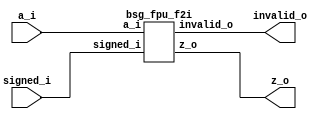
// This program was cloned from: https://github.com/chipsalliance/UHDM-integration-tests
// License: Apache License 2.0



module top
(
  a_i,
  signed_i,
  z_o,
  invalid_o
);

  input [15:0] a_i;
  output [15:0] z_o;
  input signed_i;
  output invalid_o;

  bsg_fpu_f2i
  wrapper
  (
    .a_i(a_i),
    .z_o(z_o),
    .signed_i(signed_i),
    .invalid_o(invalid_o)
  );


endmodule



module bsg_fpu_preprocess_e_p5_m_p10
(
  a_i,
  zero_o,
  nan_o,
  sig_nan_o,
  infty_o,
  exp_zero_o,
  man_zero_o,
  denormal_o,
  sign_o,
  exp_o,
  man_o
);

  input [15:0] a_i;
  output [4:0] exp_o;
  output [9:0] man_o;
  output zero_o;
  output nan_o;
  output sig_nan_o;
  output infty_o;
  output exp_zero_o;
  output man_zero_o;
  output denormal_o;
  output sign_o;
  wire [4:0] exp_o;
  wire [9:0] man_o;
  wire zero_o,nan_o,sig_nan_o,infty_o,exp_zero_o,man_zero_o,denormal_o,sign_o,a_i_15_,
  N0,N1,N2,N3,N5,N6,N7,N8,N9,N10,N11,N12,N13,N14,N15,N16,N17,N19;
  assign a_i_15_ = a_i[15];
  assign sign_o = a_i_15_;
  assign exp_o[4] = a_i[14];
  assign exp_o[3] = a_i[13];
  assign exp_o[2] = a_i[12];
  assign exp_o[1] = a_i[11];
  assign exp_o[0] = a_i[10];
  assign man_o[9] = a_i[9];
  assign man_o[8] = a_i[8];
  assign man_o[7] = a_i[7];
  assign man_o[6] = a_i[6];
  assign man_o[5] = a_i[5];
  assign man_o[4] = a_i[4];
  assign man_o[3] = a_i[3];
  assign man_o[2] = a_i[2];
  assign man_o[1] = a_i[1];
  assign man_o[0] = a_i[0];
  assign N0 = exp_o[3] | exp_o[4];
  assign N1 = exp_o[2] | N0;
  assign N2 = exp_o[1] | N1;
  assign N3 = exp_o[0] | N2;
  assign exp_zero_o = ~N3;
  assign N5 = exp_o[3] & exp_o[4];
  assign N6 = exp_o[2] & N5;
  assign N7 = exp_o[1] & N6;
  assign N8 = exp_o[0] & N7;
  assign N9 = man_o[8] | man_o[9];
  assign N10 = man_o[7] | N9;
  assign N11 = man_o[6] | N10;
  assign N12 = man_o[5] | N11;
  assign N13 = man_o[4] | N12;
  assign N14 = man_o[3] | N13;
  assign N15 = man_o[2] | N14;
  assign N16 = man_o[1] | N15;
  assign N17 = man_o[0] | N16;
  assign man_zero_o = ~N17;
  assign zero_o = exp_zero_o & man_zero_o;
  assign nan_o = N8 & N17;
  assign sig_nan_o = nan_o & N19;
  assign N19 = ~man_o[9];
  assign infty_o = N8 & man_zero_o;
  assign denormal_o = exp_zero_o & N17;

endmodule



module bsg_fpu_f2i
(
  a_i,
  signed_i,
  z_o,
  invalid_o
);

  input [15:0] a_i;
  output [15:0] z_o;
  input signed_i;
  output invalid_o;
  wire [15:0] z_o,shifted,inverted,post_round;
  wire invalid_o,N0,N1,N2,N3,N4,zero,nan,infty,sign,N5,exp_too_big,N6,exp_too_small,N7,
  N8,N9,N10,N11,N12,N13,N14,N15,N16,N17,N18,N19,N20,N21,N22,N23,N24,N25,N26,N27,
  N28,N29,N30,N31,N32,N33,N34,N35,N36,N37,N38,N39,N40,N41,N42,N43,N44,N45,N46,N47,
  N48,N49,N50,N51,N52,N53,N54,N55,N56;
  wire [4:0] exp,shamt;
  wire [9:0] mantissa;
  wire [15:4] preshift;

  bsg_fpu_preprocess_e_p5_m_p10
  preprocess
  (
    .a_i(a_i),
    .zero_o(zero),
    .nan_o(nan),
    .infty_o(infty),
    .sign_o(sign),
    .exp_o(exp),
    .man_o(mantissa)
  );

  assign N5 = exp > { 1'b1, 1'b1, 1'b1, 1'b0, 1'b1 };
  assign N6 = exp > { 1'b1, 1'b1, 1'b1, 1'b1, 1'b0 };
  assign exp_too_small = exp < { 1'b1, 1'b1, 1'b1, 1'b1 };
  assign shifted = { preshift, 1'b0, 1'b0, 1'b0, 1'b0 } >> shamt;
  assign { N11, N10, N9, N8, N7 } = { 1'b1, 1'b1, 1'b1, 1'b0, 1'b1 } - exp;
  assign { N16, N15, N14, N13, N12 } = { 1'b1, 1'b1, 1'b1, 1'b1, 1'b0 } - exp;
  assign post_round = inverted + sign;
  assign exp_too_big = (N0)? N5 : 
                       (N1)? N6 : 1'b0;
  assign N0 = signed_i;
  assign N1 = preshift[15];
  assign preshift[14:4] = (N0)? { 1'b1, mantissa } : 
                          (N1)? { mantissa, 1'b0 } : 1'b0;
  assign shamt = (N0)? { N11, N10, N9, N8, N7 } : 
                 (N1)? { N16, N15, N14, N13, N12 } : 1'b0;
  assign N25 = (N2)? signed_i : 
               (N3)? N56 : 1'b0;
  assign N2 = sign;
  assign N3 = N24;
  assign z_o = (N4)? { preshift[15:15], 1'b1, 1'b1, 1'b1, 1'b1, 1'b1, 1'b1, 1'b1, 1'b1, 1'b1, 1'b1, 1'b1, 1'b1, 1'b1, 1'b1, 1'b1 } : 
               (N27)? { N25, N24, N24, N24, N24, N24, N24, N24, N24, N24, N24, N24, N24, N24, N24, N24 } : 
               (N30)? { 1'b0, 1'b0, 1'b0, 1'b0, 1'b0, 1'b0, 1'b0, 1'b0, 1'b0, 1'b0, 1'b0, 1'b0, 1'b0, 1'b0, 1'b0, 1'b0 } : 
               (N33)? { 1'b0, 1'b0, 1'b0, 1'b0, 1'b0, 1'b0, 1'b0, 1'b0, 1'b0, 1'b0, 1'b0, 1'b0, 1'b0, 1'b0, 1'b0, 1'b0 } : 
               (N36)? { sign, N24, N24, N24, N24, N24, N24, N24, N24, N24, N24, N24, N24, N24, N24, N24 } : 
               (N39)? { 1'b0, 1'b0, 1'b0, 1'b0, 1'b0, 1'b0, 1'b0, 1'b0, 1'b0, 1'b0, 1'b0, 1'b0, 1'b0, 1'b0, 1'b0, 1'b0 } : 
               (N23)? post_round : 1'b0;
  assign N4 = nan;
  assign invalid_o = (N4)? 1'b1 : 
                     (N27)? 1'b1 : 
                     (N30)? 1'b1 : 
                     (N33)? 1'b0 : 
                     (N36)? 1'b1 : 
                     (N39)? 1'b0 : 
                     (N23)? 1'b0 : 1'b0;
  assign inverted[15] = N40 ^ shifted[15];
  assign N40 = signed_i & sign;
  assign inverted[14] = N41 ^ shifted[14];
  assign N41 = signed_i & sign;
  assign inverted[13] = N42 ^ shifted[13];
  assign N42 = signed_i & sign;
  assign inverted[12] = N43 ^ shifted[12];
  assign N43 = signed_i & sign;
  assign inverted[11] = N44 ^ shifted[11];
  assign N44 = signed_i & sign;
  assign inverted[10] = N45 ^ shifted[10];
  assign N45 = signed_i & sign;
  assign inverted[9] = N46 ^ shifted[9];
  assign N46 = signed_i & sign;
  assign inverted[8] = N47 ^ shifted[8];
  assign N47 = signed_i & sign;
  assign inverted[7] = N48 ^ shifted[7];
  assign N48 = signed_i & sign;
  assign inverted[6] = N49 ^ shifted[6];
  assign N49 = signed_i & sign;
  assign inverted[5] = N50 ^ shifted[5];
  assign N50 = signed_i & sign;
  assign inverted[4] = N51 ^ shifted[4];
  assign N51 = signed_i & sign;
  assign inverted[3] = N52 ^ shifted[3];
  assign N52 = signed_i & sign;
  assign inverted[2] = N53 ^ shifted[2];
  assign N53 = signed_i & sign;
  assign inverted[1] = N54 ^ shifted[1];
  assign N54 = signed_i & sign;
  assign inverted[0] = N55 ^ shifted[0];
  assign N55 = signed_i & sign;
  assign N17 = N56 & sign;
  assign N56 = ~signed_i;
  assign N18 = infty | nan;
  assign N19 = N17 | N18;
  assign N20 = zero | N19;
  assign N21 = exp_too_big | N20;
  assign N22 = exp_too_small | N21;
  assign N23 = ~N22;
  assign preshift[15] = N56;
  assign N24 = ~sign;
  assign N26 = ~nan;
  assign N27 = infty & N26;
  assign N28 = ~infty;
  assign N29 = N26 & N28;
  assign N30 = N17 & N29;
  assign N31 = ~N17;
  assign N32 = N29 & N31;
  assign N33 = zero & N32;
  assign N34 = ~zero;
  assign N35 = N32 & N34;
  assign N36 = exp_too_big & N35;
  assign N37 = ~exp_too_big;
  assign N38 = N35 & N37;
  assign N39 = exp_too_small & N38;

endmodule